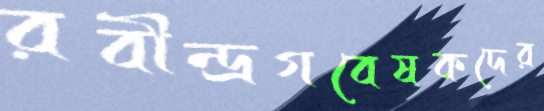
রবীন্দ্রগবেষকদের